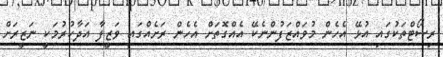
ރިސޯޓްތަކުގައި އުޅޭ އެހެން މުވައްޒަފުންނެކޭ އެއްގޮތަށް އެހެން ރަށެއްގައި ވަޒީފާ އަދާކުރުމަކީ ނަޒީރަށް